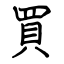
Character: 買